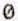
0